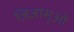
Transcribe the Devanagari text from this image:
जिज्ञासुओं